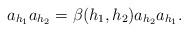
LaTeX: \begin{align*} a_{h_1}a_{h_2}=\beta(h_1,h_2)a_{h_2}a_{h_1}. \end{align*}